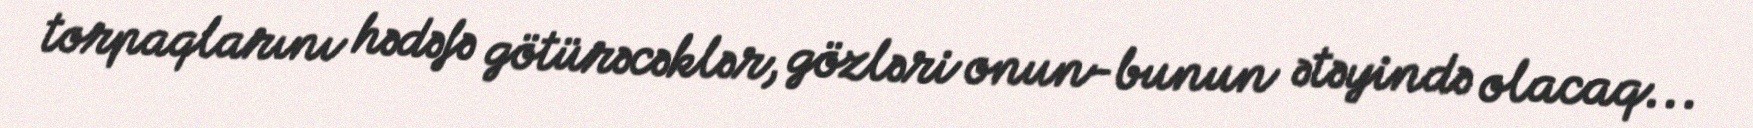
torpaqlarını hədəfə götürəcəklər, gözləri onun-bunun ətəyində olacaq...